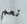
نعم